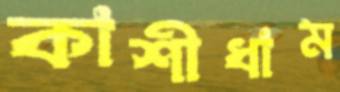
কাশীধাম